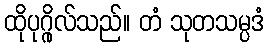
ထိုပုဂ္ဂိုလ်သည်။ တံ သုတသမ္ပဒံ